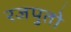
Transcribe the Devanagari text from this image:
रजपुतो